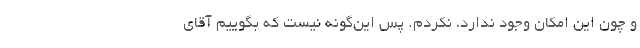
و چون این امکان وجود ندارد، نکردم. پس این‌گونه نیست که بگوییم آقای